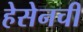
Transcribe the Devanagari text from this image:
हेसेनची